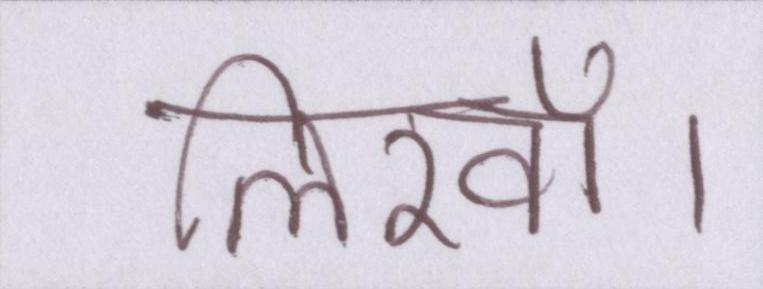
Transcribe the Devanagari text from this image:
लिखॉ।